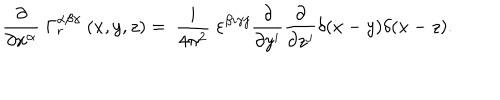
{ \frac { \partial } { \partial x ^ { \alpha } } } \; \Gamma _ { r } ^ { \alpha \beta \gamma } \ ( x , y , z ) = \ { \frac { i } { 4 \pi ^ { 2 } } } \; \varepsilon ^ { \beta i \gamma j } { \frac { \partial } { \partial y ^ { i } } } { \frac { \partial } { \partial z ^ { j } } } \delta ( x - y ) \delta ( x - z ) .